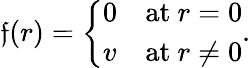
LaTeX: \mathfrak{f}(r)=\left\{ \begin{array}{ll}{{0}}&{{\mathrm{at~}r=0}}\\ {{v}}&{{\mathrm{at~}r\ne 0}}\end{array}\right..